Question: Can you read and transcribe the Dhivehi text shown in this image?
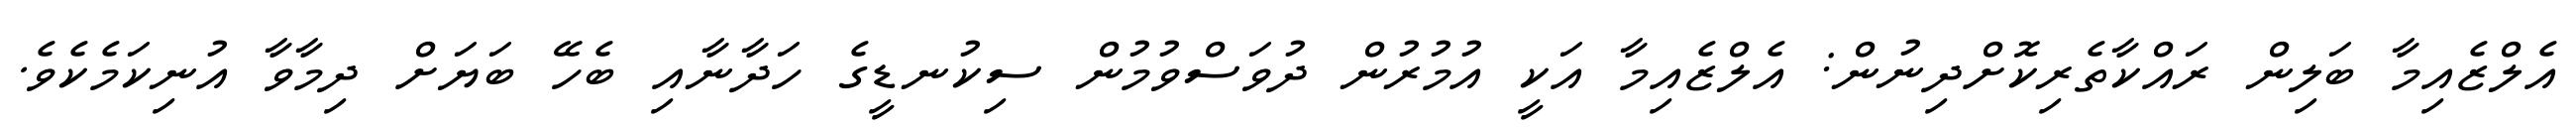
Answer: އެލްޒެއިމާ ބަލިން ރައްކާތެރިކޮށްދިނުން: އެލްޒެއިމާ އަކީ އުމުރުން ދުވަސްވުމުން ސިކުނޑީގެ ހަދާނާއި ބެހޭ ބަޔަށް ދިމާވާ އުނިކަމެކެވެ.